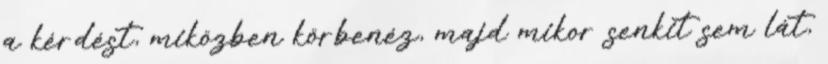
a kérdést, miközben körbenéz, majd mikor senkit sem lát,